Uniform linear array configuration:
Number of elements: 12
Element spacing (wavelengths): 0.75
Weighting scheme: hann
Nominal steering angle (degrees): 0
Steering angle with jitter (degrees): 1.536
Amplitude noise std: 0.05
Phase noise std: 0.05

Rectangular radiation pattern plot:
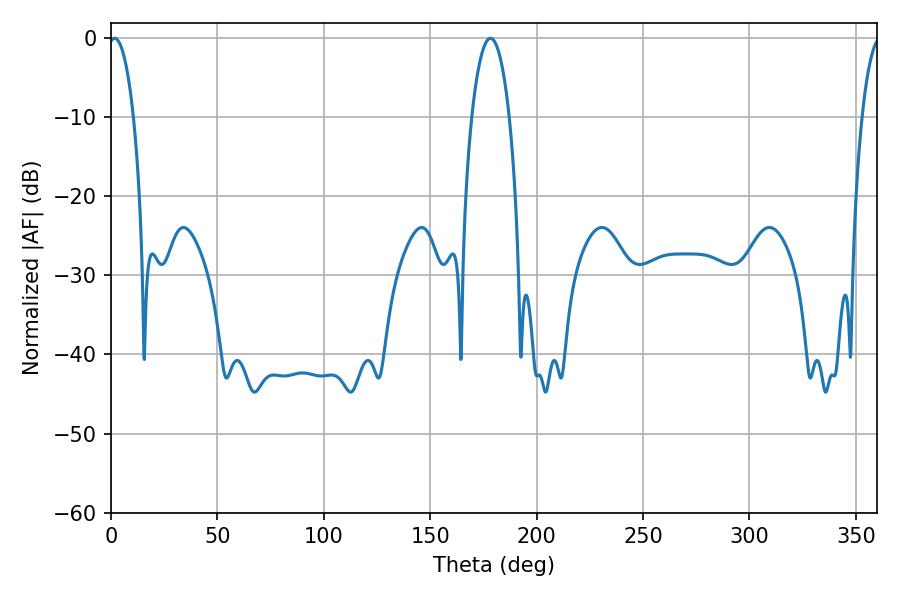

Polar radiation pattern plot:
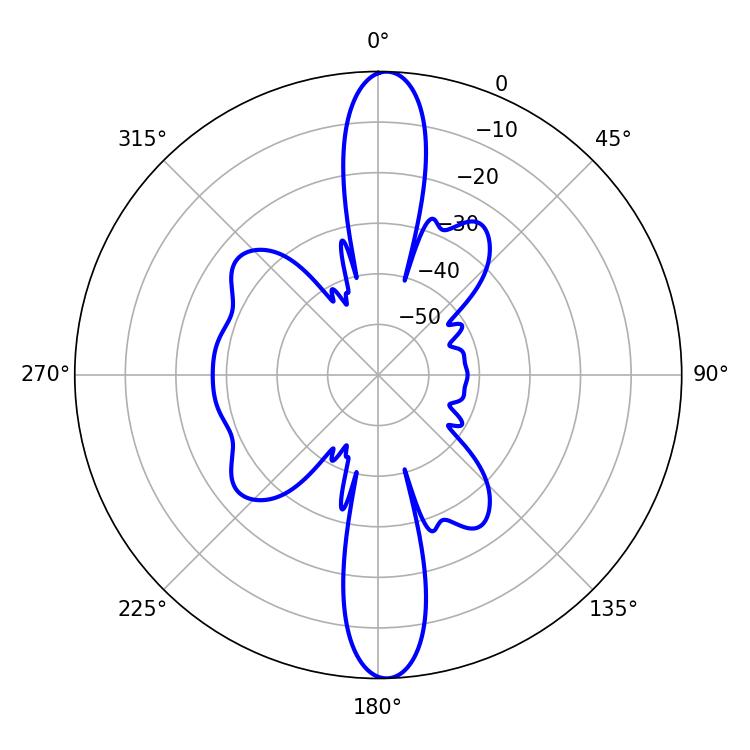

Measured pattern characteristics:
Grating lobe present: TRUE
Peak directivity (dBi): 23.59
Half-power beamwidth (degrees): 6.66
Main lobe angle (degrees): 1.62